Civil Veterinary Department Bihar reports 1936-40 - 1936-1940
Year: 1936
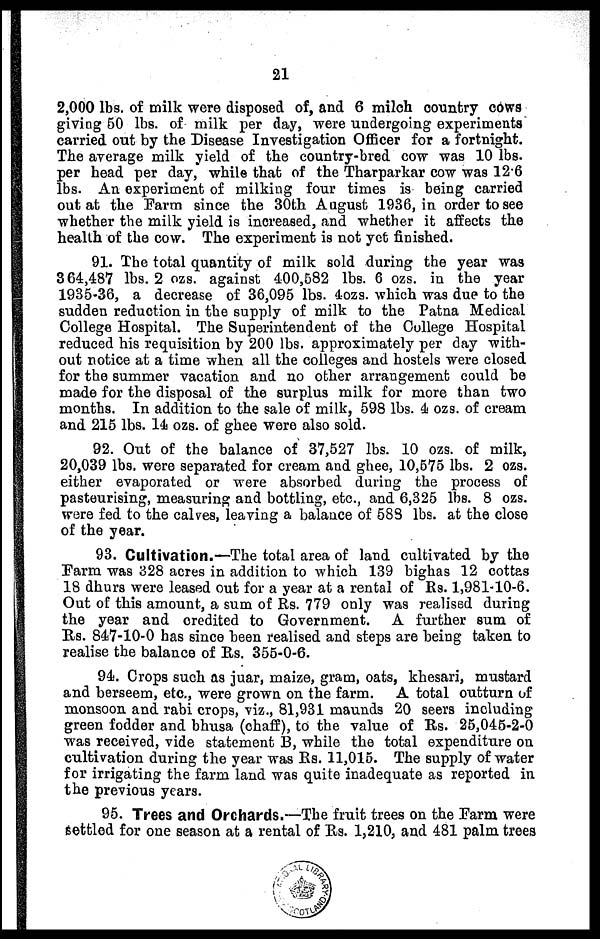
21
2,000 lbs. of milk were disposed of, and 6 milch country cows
giving 60 lbs. of milk per day, were undergoing experiments
carried out by the Disease Investigation Officer for a fortnight.
The average milk yield of the country-bred cow was 10 lbs.
per head per day, while that of the Tharparkar cow was 126
lbs. An experiment of milking four times is being carried
out at the Farm since the 30th August 1936, in order to see
whether the milk yield is increased, and whether it affects the
health of the cow. The experiment is not yet finished.
91. The total quantity of milk sold during the year was
3 64,487 lbs. 2 ozs. against 400,582 lbs. 6 ozs. in the year
1935-36, a decrease of 36,095 lbs. 4ozs. which was due to the
sudden reduction in the supply of milk to the Patna Medical
College Hospital. The Superintendent of the College Hospital
reduced his requisition by 200 lbs. approximately per day with-
out notice at a time when all the colleges and hostels were closed
for the summer vacation and no other arrangement could be
made for the disposal of the surplus milk for more than two
months. In addition to the sale of milk, 598 lbs. 4 ozs. of cream
and 215 lbs. 14 ozs. of ghee were also sold.
92. Out of the balance of 37,527 lbs. 10 ozs. of milk,
20,039 lbs. were separated for cream and ghee, 10,575 lbs. 2 ozs.
either evaporated or were absorbed during the process of
pasteurising, measuring and bottling, etc., and 6,325 lbs. 8 ozs.
were fed to the calves, leaving a balance of 588 lbs. at the close
of the year.
93. Cultivation.—The total area of land cultivated by the
Farm was 328 acres in addition to which 139 bighas 12 cottas
18 dhurs were leased out for a year at a rental of Rs. 1,981-10-6.
Out of this amount, a sum of Rs. 779 only was realised during
the year and credited to Government. A further sum of
Rs. 847-10-0 has since been realised and steps are being taken to
realise the balance of Rs. 355-0-6.
94. Crops such as juar, maize, gram, oats, khesari, mustard
and berseem, etc., were grown on the farm. A total outturn of
monsoon and rabi crops, viz., 81,931 maunds 20 seers including
green fodder and bhusa (chaff), to the value of Rs. 25,045-2-0
was received, vide statement B, while the total expenditure on
cultivation during the year was Rs. 11,015. The supply of water
for irrigating the farm land was quite inadequate as reported in
the previous years.
95. Trees and Orchards.—The fruit trees on the Farm were
Settled for one season at a rental of Rs. 1,210, and 481 palm trees